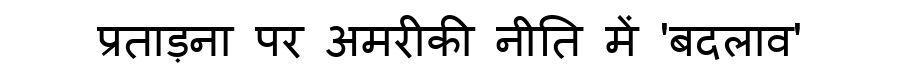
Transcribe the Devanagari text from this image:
प्रताड़ना पर अमरीकी नीति में 'बदलाव'